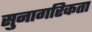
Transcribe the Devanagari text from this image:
सुनागरिकता